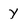
Character: Y